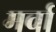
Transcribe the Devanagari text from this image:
मर्वा